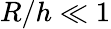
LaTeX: R/h\ll 1